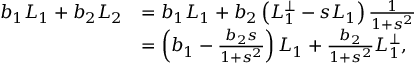
\begin{array} { r l } { b _ { 1 } L _ { 1 } + b _ { 2 } L _ { 2 } } & { = b _ { 1 } L _ { 1 } + b _ { 2 } \left( L _ { 1 } ^ { \perp } - s L _ { 1 } \right) \frac { 1 } { 1 + s ^ { 2 } } } \\ & { = \left( b _ { 1 } - \frac { b _ { 2 } s } { 1 + s ^ { 2 } } \right) L _ { 1 } + \frac { b _ { 2 } } { 1 + s ^ { 2 } } L _ { 1 } ^ { \perp } , } \end{array}